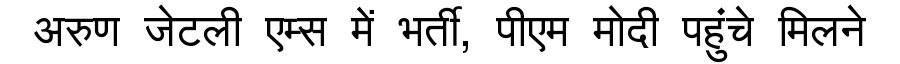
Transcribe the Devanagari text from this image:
अरुण जेटली एम्स में भर्ती, पीएम मोदी पहुंचे मिलने